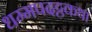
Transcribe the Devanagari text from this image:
धम्मपदट्ठकथा